Annual report on the Civil Veterinary Department, Burma (including the Insein Veterinary School) - 1932-1941
Year: 1932
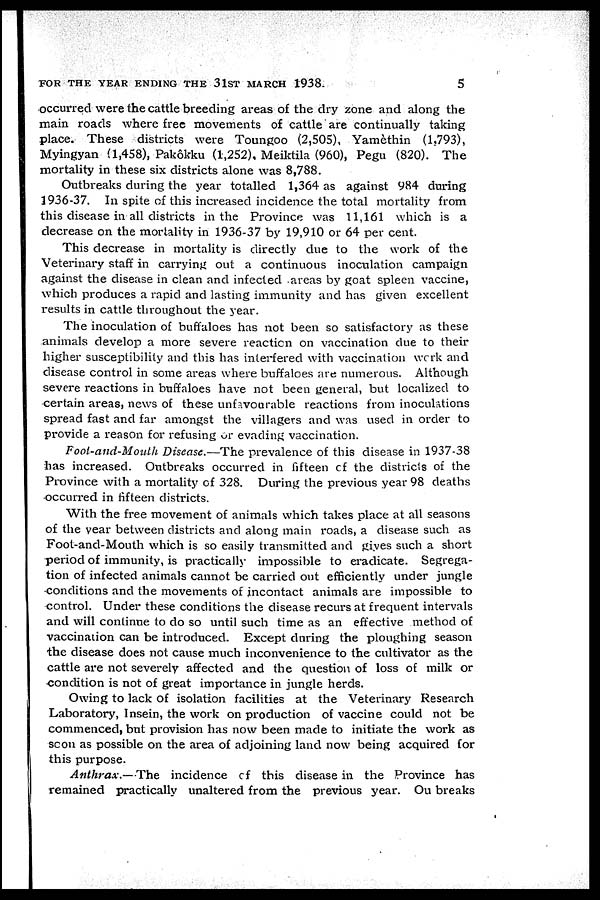
FOR THE YEAR ENDING THE 31ST MARCH 1938.
5
occurred were the cattle breeding areas of the dry zone and along the
main roads where free movements of cattle are continually taking
place. These districts were Toungoo (2,505), Yamèthin (1,793),
Myingyan (1,458), Pakôkku (1,252), Meiktila (960), Pegu (820). The
mortality in these six districts alone was 8,788.
Outbreaks during the year totalled 1,364 as against 984 during
1936-37. In spite of this increased incidence the total mortality from
this disease in all districts in the Province was 11,161 which is a
decrease on the mortality in 1936-37 by 19,910 or 64 per cent.
This decrease in mortality is directly due to the work of the
Veterinary staff in carrying out a continuous inoculation campaign
against the disease in clean and infected areas by goat spleen vaccine,
which produces a rapid and lasting immunity and has given excellent
results in cattle throughout the year.
The inoculation of buffaloes has not been so satisfactory as these
animals develop a more severe reaction on vaccination due to their
higher susceptibility and this has interfered with vaccination work and
disease control in some areas where buffaloes are numerous. Although
severe reactions in buffaloes have not been general, but localized to
certain areas, news of these unfavourable reactions from inoculations
spread fast and far amongst the villagers and was used in order to
provide a reason for refusing or evading vaccination.
Foot-and-Mouth Disease.—The prevalence of this disease in 1937-38
has increased. Outbreaks occurred in fifteen of the districts of the
Province with a mortality of 328. During the previous year 98 deaths
occurred in fifteen districts.
With the free movement of animals which takes place at all seasons
of the year between districts and along main roads, a disease such as
Foot-and-Mouth which is so easily transmitted and gives such a short
period of immunity, is practically impossible to eradicate. Segrega-
tion of infected animals cannot be carried out efficiently under jungle
conditions and the movements of incontact animals are impossible to
control. Under these conditions the disease recurs at frequent intervals
and will continue to do so until such time as an effective method of
vaccination can be introduced. Except during the ploughing season
the disease does not cause much inconvenience to the cultivator as the
cattle are not severely affected and the question of loss of milk or
condition is not of great importance in jungle herds.
Owing to lack of isolation facilities at the Veterinary Research
Laboratory, Insein, the work on production of vaccine could not be
commenced, but provision has now been made to initiate the work as
scon as possible on the area of adjoining land now being acquired for
this purpose.
Anthrax.—The
incidence of this disease in the Province has
remained practically unaltered from the previous year. On breaks